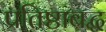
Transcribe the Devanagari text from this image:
प्रतिष्ठाबद्ध